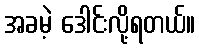
အခမဲ့ ဒေါင်းလို့ရတယ်။